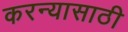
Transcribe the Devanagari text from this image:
करन्यासाठी